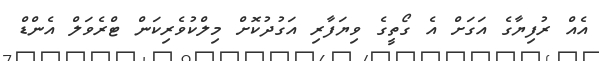
އެއް ރުފިޔާގެ އަގަށް އެ ގޯތީގެ ވިޔަފާރި އަގުދުކޮށް މިލްކުވެރިކަން ޓްރެވަލް އެންޑް